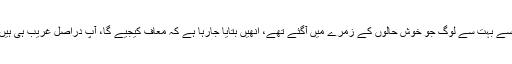
اب حکومت کی انتھک کوششوں کی وجہ سے بہت سے لوگ جو خوش حالوں کے زمرے میں آگئے تھے، انھیں بتایا جارہا ہے کہ معاف کیجیے گا، آپ دراصل غریب ہی ہیں، حساب لگانے میں ذرا چوک ہوگئی تھی۔